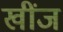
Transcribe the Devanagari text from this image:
खींज